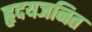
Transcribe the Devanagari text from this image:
हृदयजनित